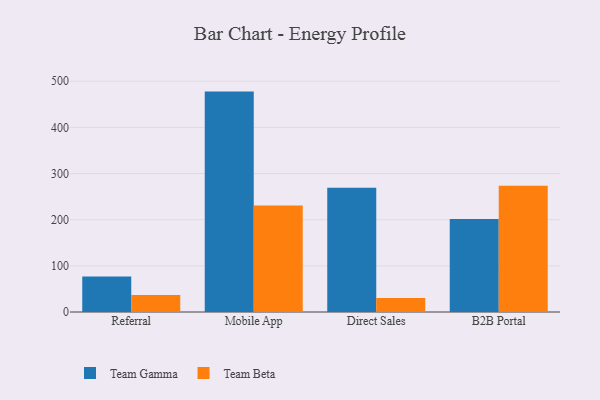
{"axis": {"x": "Channel", "y": "Headcount"}, "legend": ["Team Beta", "Team Gamma"], "data": [{"x": "Referral", "y": 77.0, "type": "Team Gamma"}, {"x": "Referral", "y": 36.7, "type": "Team Beta"}, {"x": "Mobile App", "y": 477.6, "type": "Team Gamma"}, {"x": "Mobile App", "y": 230.9, "type": "Team Beta"}, {"x": "Direct Sales", "y": 269.1, "type": "Team Gamma"}, {"x": "Direct Sales", "y": 30.6, "type": "Team Beta"}, {"x": "B2B Portal", "y": 201.7, "type": "Team Gamma"}, {"x": "B2B Portal", "y": 273.6, "type": "Team Beta"}]}